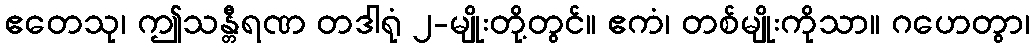
ဧတေသု၊ ဤသန္တီရဏ တဒါရုံ ၂-မျိုးတို့တွင်။ ဧကံ၊ တစ်မျိုးကိုသာ။ ဂဟေတွာ၊